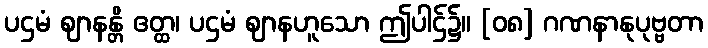
ပဌမံ ဈာနန္တိ ဧတ္ထ၊ ပဌမံ ဈာနဟူသော ဤပါဌ်၌။ [၀၈] ဂဏနာနုပုဗ္ဗတာ